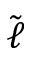
\tilde { \ell }